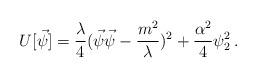
LaTeX: \begin{align*}U[\vec{\psi}]=\frac{\lambda}{4}(\vec{\psi}\vec{\psi}-\frac{m^2}{\lambda})^2+\frac{\alpha^2}{4}\psi_2^2\, .\end{align*}